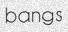
bangs